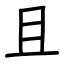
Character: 且